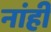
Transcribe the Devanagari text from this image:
नांही